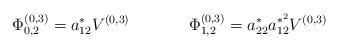
LaTeX: \begin{align*}\Phi_{0,2}^{(0,3)} = a_{12}^{*}V^{(0,3)}\hspace{15mm}\Phi_{1,2}^{(0,3)} =a_{22}^{*}a_{12}^{*^{2}}V^{(0,3)}\end{align*}